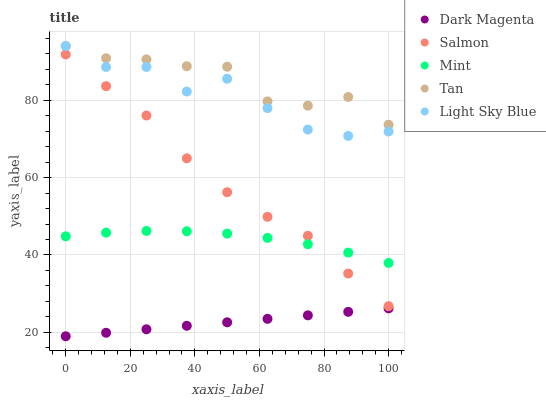
| xaxis_label | Dark Magenta | Salmon | Mint | Tan | Light Sky Blue |
 | --- | --- | --- | --- | --- | --- |
 | 0 | 19 | 91.8 | 44.8 | 94 | 94 |
 | 12.5 | 19.9 | 83.6 | 45.8 | 90.8 | 88.6 |
 | 25 | 20.8 | 76 | 46.2 | 90.6 | 88.6 |
 | 37.5 | 21.7 | 65 | 46.1 | 88.8 | 82.2 |
 | 50 | 22.6 | 56.2 | 45.5 | 88.6 | 85.5 |
 | 62.5 | 23.5 | 49.9 | 44.4 | 79.7 | 78 |
 | 75 | 24.4 | 45 | 42.8 | 78.6 | 72.4 |
 | 87.5 | 25.3 | 35.2 | 40.6 | 80.8 | 70.8 |
 | 100 | 26.2 | 26.8 | 37.9 | 73.7 | 71.9 |